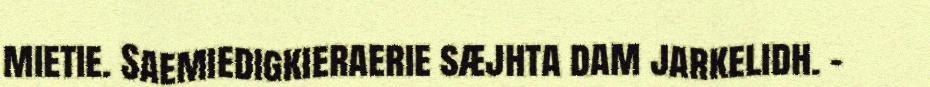
mietie. Saemiedigkieraerie sæjhta dam jarkelidh. –